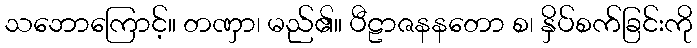
သဘောကြောင့်။ တဏှာ၊ မည်၏။ ပီဠာဇနနတော စ၊ နှိပ်စက်ခြင်းကို